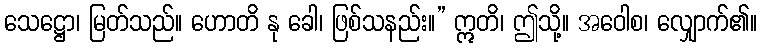
သေဋ္ဌော၊ မြတ်သည်။ ဟောတိ နု ခေါ၊ ဖြစ်သနည်း။” ဣတိ၊ ဤသို့။ အဝေါစ၊ လျှောက်၏။